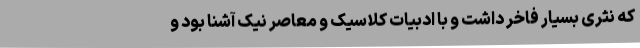
که نثری بسیار فاخر داشت و با ادبیات کلاسیک و معاصر نیک آشنا بود و